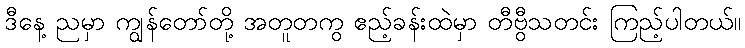
ဒီနေ့ ညမှာ ကျွန်တော်တို့ အတူတကွ ဧည့်ခန်းထဲမှာ တီဗွီသတင်း ကြည့်ပါတယ်။